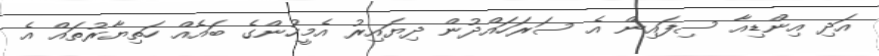
އަދި އިންޑިއާ ސިފައިން އެ ސަރަހައްދުން ދިޔައިރު އެމީހުންގެ ބައެއް ހަތިޔާރުތައް އެ